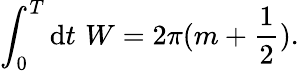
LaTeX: \int_{0}^{T}\mathrm{d}t\, \, W=2\pi(m+\frac{{1}}{{2}}).